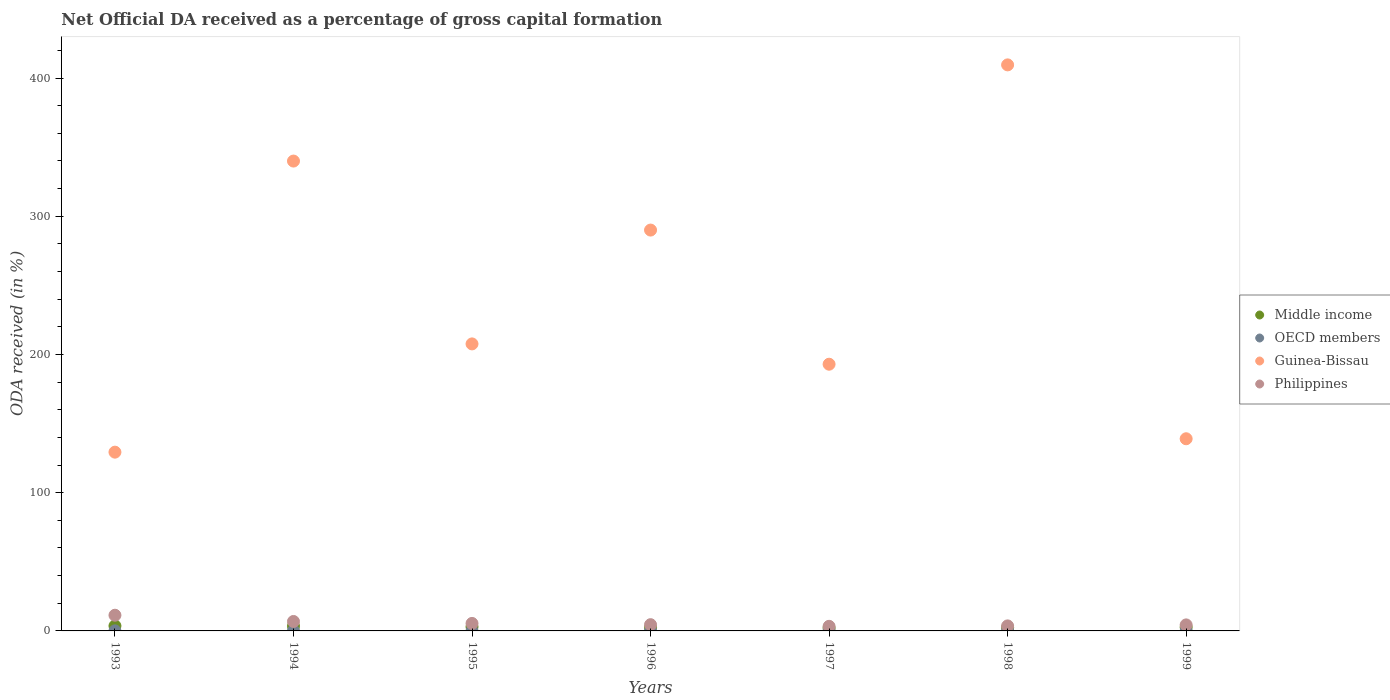
| Years | Middle income | OECD members | Guinea-Bissau | Philippines |
 | --- | --- | --- | --- | --- |
 | 1993 | 3.64 | 0.0468 | 129 | 11.4 |
 | 1994 | 3.43 | 0.0365 | 340 | 6.83 |
 | 1995 | 2.93 | 0.0221 | 208 | 5.42 |
 | 1996 | 2.51 | 0.0487 | 290 | 4.51 |
 | 1997 | 2.09 | 0.00294 | 193 | 3.33 |
 | 1998 | 2.4 | 0.00245 | 409 | 3.64 |
 | 1999 | 2.69 | 0.0015 | 139 | 4.36 |